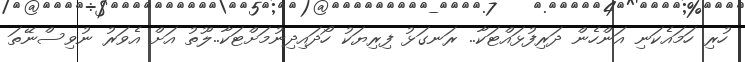
ހުރި ހަމައެކަނި އަންހެން ދަރިފުޅައްޓަކާ.. ރަނގަޅު ފިރިޔަކު ހޯދައިދިނުމަށްޓަކާ..ލޫތު އަށް އެވަރު ނުވިސްނޭތަ